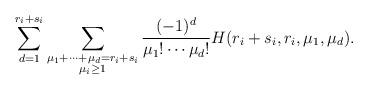
LaTeX: \begin{align*}\sum_{d = 1}^{r_i+s_i} \sum_{\substack{\mu_1+\dots+\mu_{d} = r_i+s_i \\ \mu_i \ge 1}} \frac{(-1)^{d}}{\mu_1!\cdots\mu_{d}!} H(r_i + s_i, r_i, \mu_1, \mu_{d}). \end{align*}